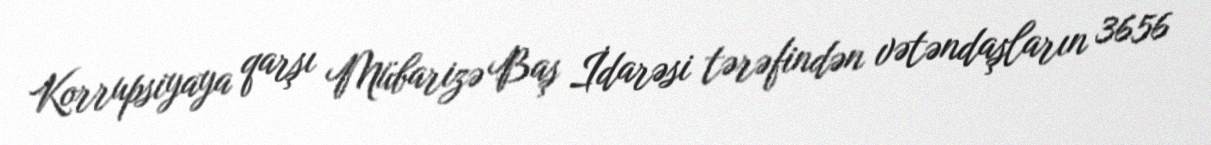
Korrupsiyaya qarşı Mübarizə Baş İdarəsi tərəfindən vətəndaşların 3656